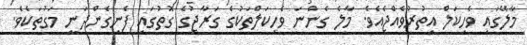
މާލޭގައި ވެހިކަލް އިތުރުވެއްޖެއެވެ. މާލެ ގެންނަ ވެހިކަލްތަކުގެ ގަރާޖުގެ ގޮތުގައި ފެނިގެންދަނީ މަގުތަކެވެ.